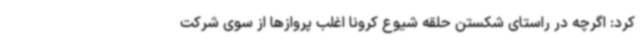
کرد: اگرچه در راستای شکستن حلقه شیوع کرونا اغلب پروازها از سوی شرکت